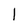
Character: 1